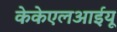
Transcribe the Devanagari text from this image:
केकेएलआईयू